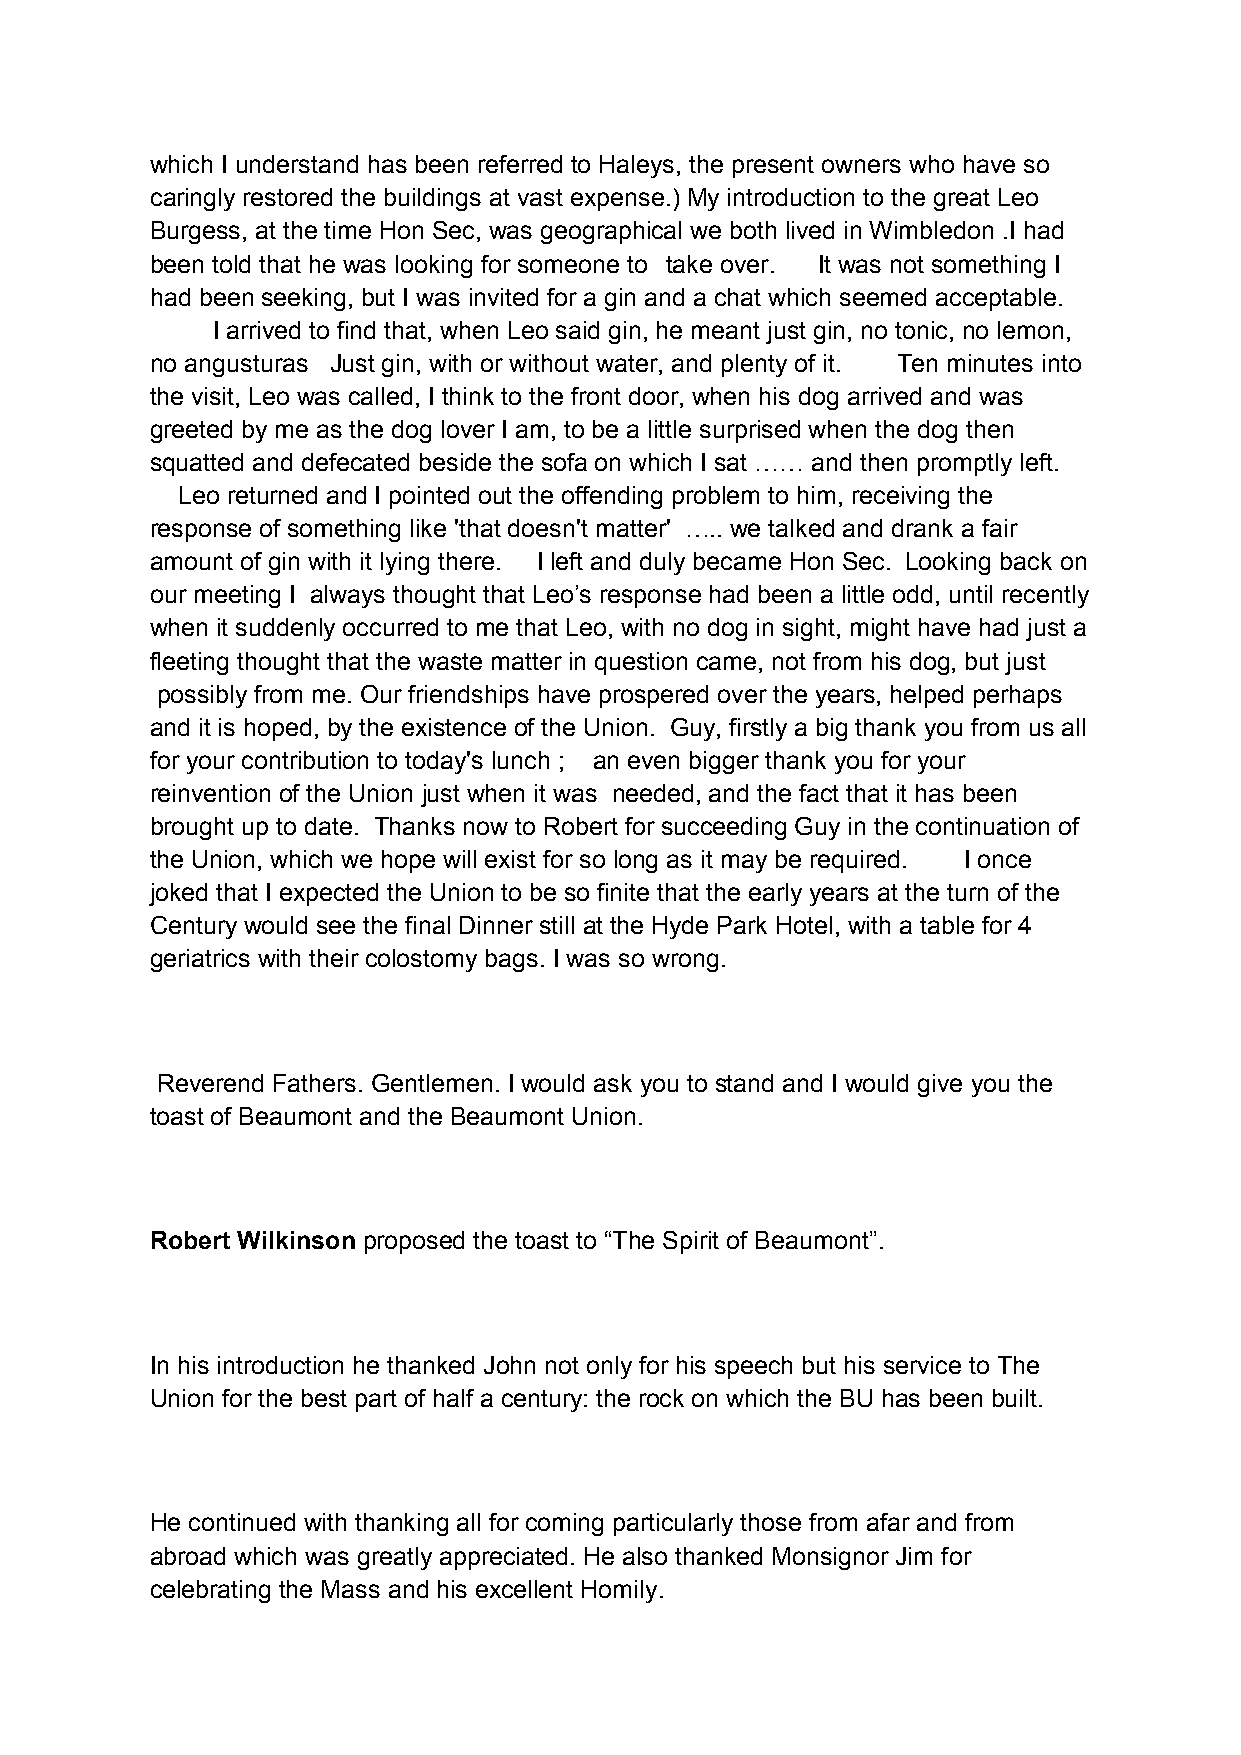
which I understand has been referred to Haleys, the present owners who have so
 caringly restored the buildings at vast expense.) My introduction to the great Leo
 Burgess, at the time Hon Sec, was geographical we both lived in Wimbledon .I had
 been told that he was looking for someone to take over. It was not something I
 had been seeking, but I was invited for a gin and a chat which seemed acceptable.
 I arrived to find that, when Leo said gin, he meant just gin, no tonic, no lemon,
 no angusturas Just gin, with or without water, and plenty of it. Ten minutes into
 the visit, Leo was called, I think to the front door, when his dog arrived and was
 greeted by me as the dog lover I am, to be a little surprised when the dog then
 squatted and defecated beside the sofa on which I sat …… and then promptly left.
 Leo returned and I pointed out the offending problem to him, receiving the
 response of something like 'that doesn't matter' ….. we talked and drank a fair
 amount of gin with it lying there. I left and duly became Hon Sec. Looking back on
 our meeting I always thought that Leo’s response had been a little odd, until recently
 when it suddenly occurred to me that Leo, with no dog in sight, might have had just a
 fleeting thought that the waste matter in question came, not from his dog, but just
 possibly from me. Our friendships have prospered over the years, helped perhaps
 and it is hoped, by the existence of the Union. Guy, firstly a big thank you from us all
 for your contribution to today's lunch ; an even bigger thank you for your
 reinvention of the Union just when it was needed, and the fact that it has been
 brought up to date. Thanks now to Robert for succeeding Guy in the continuation of
 the Union, which we hope will exist for so long as it may be required. I once
 joked that I expected the Union to be so finite that the early years at the turn of the
 Century would see the final Dinner still at the Hyde Park Hotel, with a table for 4
 geriatrics with their colostomy bags. I was so wrong.
 Reverend Fathers. Gentlemen. I would ask you to stand and I would give you the
 toast of Beaumont and the Beaumont Union.
 Robert Wilkinson proposed the toast to “The Spirit of Beaumont”.
 In his introduction he thanked John not only for his speech but his service to The
 Union for the best part of half a century: the rock on which the BU has been built.
 He continued with thanking all for coming particularly those from afar and from
 abroad which was greatly appreciated. He also thanked Monsignor Jim for
 celebrating the Mass and his excellent Homily.